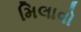
મિલાવો